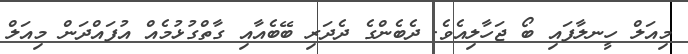
މިއަލް ހީނލާފައި ބޯ ޖަހާލިއެވެ. ދެބެންގެ ދެދަރި ބޭބެއާއި ގާތްގުޅުމެއް އުފައްދަން މިއަލް